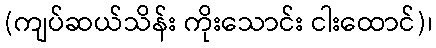
(ကျပ်ဆယ်သိန်း ကိုးသောင်း ငါးထောင်)၊